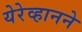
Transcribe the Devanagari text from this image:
येरेव्हानने